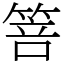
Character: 箁